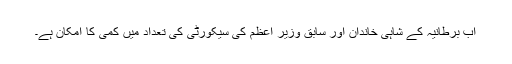
اب برطانیہ کے شاہی خاندان اور سابق وزیر اعظم کی سیکورٹی کی تعداد میں کمی کا امکان ہے۔